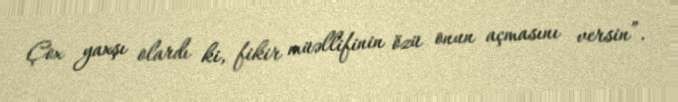
Çox yaxşı olardı ki, fikir müəllifinin özü onun açmasını versin”.